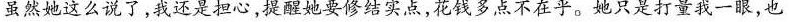
虽然她这么说了，我还是担心，提醒她要修结实点，花钱多点不在乎。她只是打量我一眼，也